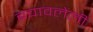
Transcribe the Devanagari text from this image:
बचावलेली